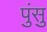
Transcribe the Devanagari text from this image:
पुंसु